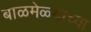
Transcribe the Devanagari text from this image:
बाळमेळ्याच्या